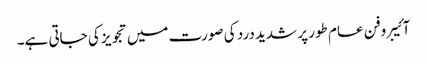
آئیبروفن عام طور پر شدید درد کی صورت میں تجویز کی جاتی ہے۔